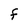
Character: F